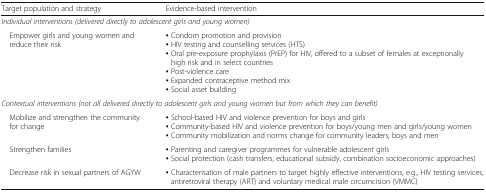
<table><thead><tr><td><b>Target population and strategy</b></td><td><b>Evidence-based intervention</b></td></tr></thead><tbody><tr><td colspan="2"><i>Individual interventions (delivered directly to adolescent girls and young women)</i></td></tr><tr><td> Empower girls and young women and reduce their risk</td><td>▪ Condom promotion and provision▪ HIV testing and counselling services (HTS)▪ Oral pre-exposure prophylaxis (PrEP) for HIV, offered to a subset of females at exceptionally high risk and in select countries▪ Post-violence care▪ Expanded contraceptive method mix▪ Social asset building</td></tr><tr><td colspan="2"><i>Contextual interventions (not all delivered directly to adolescent girls and young women but from which they can benefit)</i></td></tr><tr><td> Mobilize and strengthen the community for change</td><td>▪ School-based HIV and violence prevention for boys and girls▪ Community-based HIV and violence prevention for boys/young men and girls/young women▪ Community mobilization and norms change for community leaders, boys and men</td></tr><tr><td> Strengthen families</td><td>▪ Parenting and caregiver programmes for vulnerable adolescent girls▪ Social protection (cash transfers, educational subsidy, combination socioeconomic approaches)</td></tr><tr><td> Decrease risk in sexual partners of AGYW</td><td>▪ Characterisation of male partners to target highly effective interventions, e.g., HIV testing services, antiretroviral therapy (ART) and voluntary medical male circumcision (VMMC)</td></tr></tbody></table>